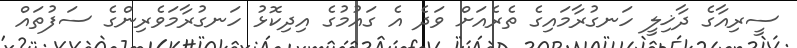
ސީރިއާގެ ދާޚިލީ ހަނގުރާމައިގެ ތެރެއަށް ވަދެ އެ ގައުމުގެ އިދިކޮޅު ހަނގުރާމަވެރިންގެ ސަފުތައް